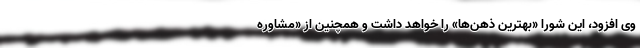
وی افزود، این شورا «بهترین ذهن‌ها» را خواهد داشت و همچنین از «مشاوره